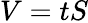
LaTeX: V=tS